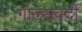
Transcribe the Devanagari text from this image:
गाल्‍सवर्दी